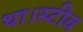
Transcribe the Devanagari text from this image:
था।स्टीव